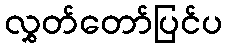
လွှတ်တော်ပြင်ပ